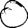
Digit: 0